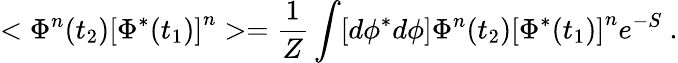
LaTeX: <\Phi^{n}(t_{2})\left[\Phi^{*}(t_{1})\right]^{n}>={\frac{1}{Z}}\int[d\phi^{*}d\phi]\Phi^{n}(t_{2})\left[\Phi^{*}(t_{1})\right]^{n}e^{-S}\ .